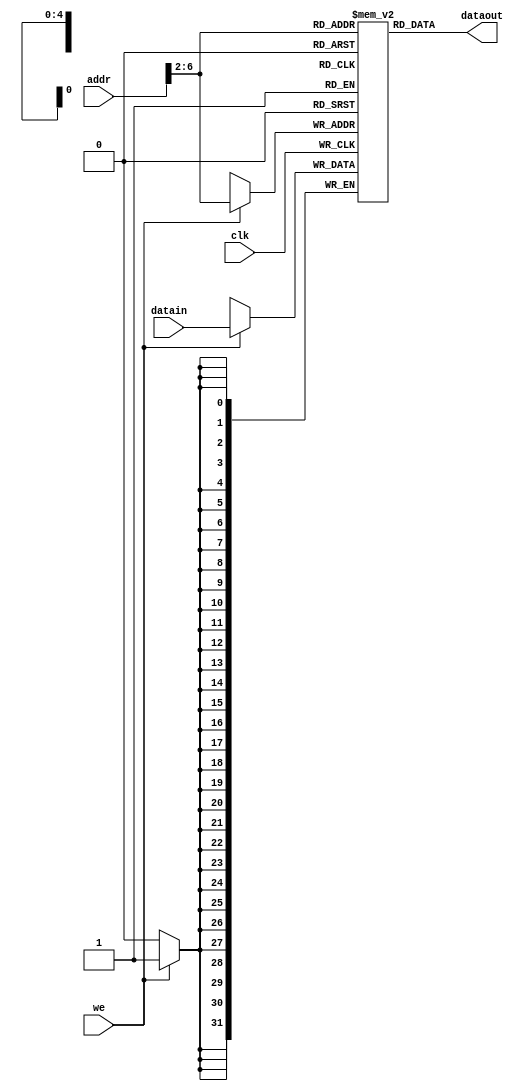

module DataMem (addr,datain,we,dataout,clk); // data memory, ram     
    input         clk;                     // clock     
    input  [31:0] addr;                    // ram address     
    input  [31:0] datain;                  // data in (to memory)     
    input         we;                      // write enable     
    output [31:0] dataout;                 // data out (from memory)     
    reg    [31:0] ram [0:31];              // ram cells: 32 words * 32 bits     
    assign dataout = ram[addr[6:2]];       // use 5-bit word address     
    always @ (posedge clk) begin         
        if (we) ram[addr[6:2]] = datain;   // write ram     
    end
    
    integer i;
    initial begin                          // ram initialization 
    for (i = 0; i < 32; i = i + 1)
        ram[i] = 0;         
    // ram[word_addr] = data           // (byte_addr) item in data array         
    ram[5'h14] = 32'h000000a3;         // (50) data[0]   0 +  a3 =  a3         
    ram[5'h15] = 32'h00000027;         // (54) data[1]  a3 +  27 =  ca         
    ram[5'h16] = 32'h00000079;         // (58) data[2]  ca +  79 = 143         
    ram[5'h17] = 32'h00000115;         // (5c) data[3] 143 + 115 = 258         
    // ram[5'h18] should be 0x00000258, the sum stored by sw instruction     
    end 
endmodule